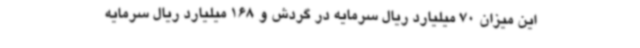
این میزان 70 میلیارد ریال سرمایه در گردش و 168 میلیارد ریال سرمایه